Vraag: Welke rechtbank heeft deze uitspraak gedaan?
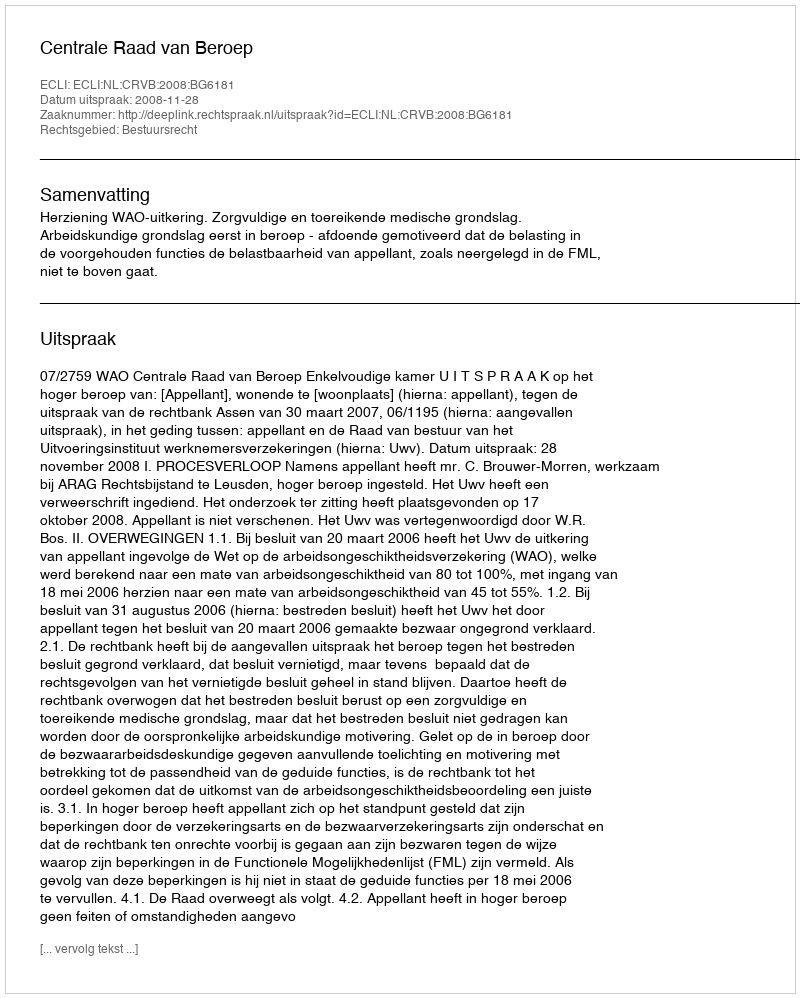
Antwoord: Centrale Raad van Beroep